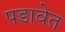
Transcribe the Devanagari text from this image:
पडावेत